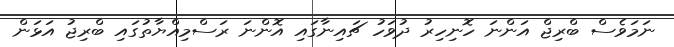
ނަމަވެސް ބްރިޖް އަންނަ ހޮނިހިރު ދުވަހު ޗައިނާގައި އޮންނަ ރަސްމިއްޔާތުގައި ބްރިޖު އަޅަން